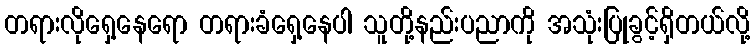
တရားလိုရှေ့နေရော တရားခံရှေ့နေပါ သူတို့နည်းပညာကို အသုံးပြုခွင့်ရှိတယ်လို့